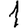
Digit: 1